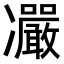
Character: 𠘥